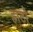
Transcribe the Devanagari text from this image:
हाटो